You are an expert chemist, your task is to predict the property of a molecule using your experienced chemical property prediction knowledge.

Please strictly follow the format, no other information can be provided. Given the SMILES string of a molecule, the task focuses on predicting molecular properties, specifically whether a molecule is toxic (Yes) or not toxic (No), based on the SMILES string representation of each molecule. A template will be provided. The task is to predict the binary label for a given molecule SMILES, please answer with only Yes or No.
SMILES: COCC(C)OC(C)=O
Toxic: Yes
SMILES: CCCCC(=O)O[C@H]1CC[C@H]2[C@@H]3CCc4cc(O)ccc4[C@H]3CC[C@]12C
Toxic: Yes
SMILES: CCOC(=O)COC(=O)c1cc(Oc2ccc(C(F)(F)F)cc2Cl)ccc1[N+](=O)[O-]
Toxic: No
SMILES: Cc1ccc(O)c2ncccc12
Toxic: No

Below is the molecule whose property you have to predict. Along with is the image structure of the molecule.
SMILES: O=C1Nc2ccc(Cl)cc2[C@@](C#CC2CC2)(C(F)(F)F)O1
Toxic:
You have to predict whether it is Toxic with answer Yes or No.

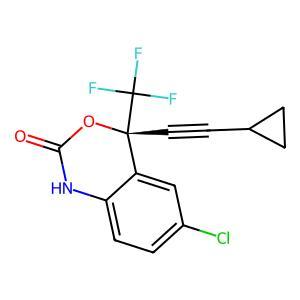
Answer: No